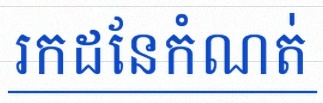
រកដែនកំណត់